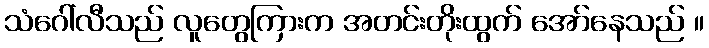
သံဂေါ်လီသည် လူတွေကြားက အတင်းတိုးထွက် အော်နေသည် ။